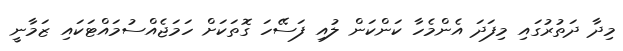
މިދާ ދަތުރުގައި މިފަދަ އެންމެހާ ކަންކަން ލުއި ފަސޭހަ ގޮތަކަށް ހަމަޖެއްސުމައްޓަކައި ޒަމާނީ